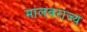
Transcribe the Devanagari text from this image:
मालवराज्य